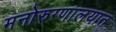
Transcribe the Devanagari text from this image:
मनोरुग्णालयात